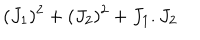
( J _ { 1 } ) ^ { 2 } + ( J _ { 2 } ) ^ { 2 } + J _ { 1 } . J _ { 2 }